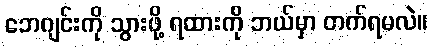
ဘေဂျင်းကို သွားဖို့ ရထားကို ဘယ်မှာ တက်ရမလဲ။